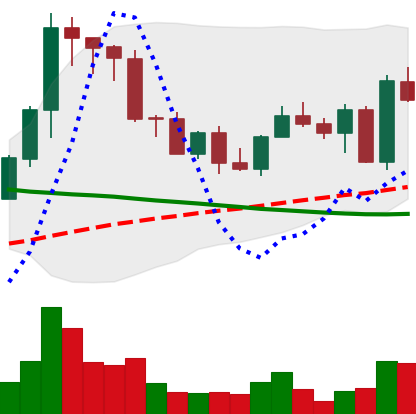
Ticker: EOS-USD
Chart end date: 2022-09-08
Forward return: -8.2%
Label: down_7plus